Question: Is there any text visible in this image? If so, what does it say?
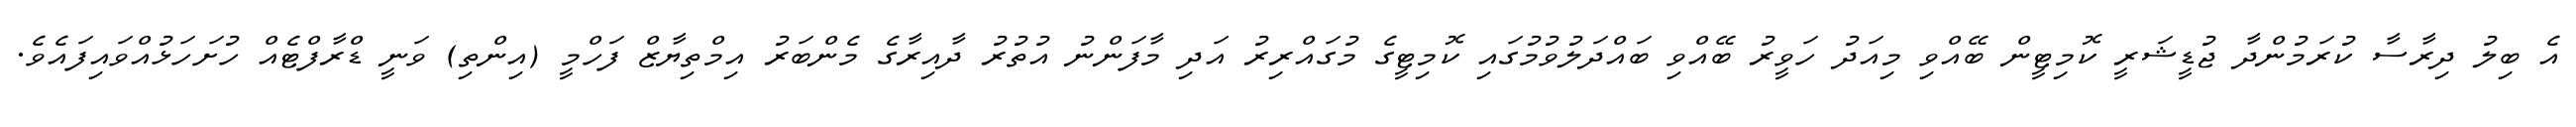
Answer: އެ ބިލު ދިރާސާ ކުރަމުންދާ ޖުޑީޝަރީ ކޮމިޓީން ބޭއްވި މިއަދު ހަވީރު ބޭއްވި ބައްދަލުވުމުގައި ކޮމިޓީގެ މުގައްރިރު އަދި މާފަންނު އުތުރު ދާއިރާގެ މެންބަރު އިމްތިޔާޒް ފަހްމީ (އިންތި) ވަނީ ޑްރާފްޓެއް ހުށަހަޅުއްވައިފައެވެ.